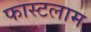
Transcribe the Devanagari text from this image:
फास्टलाम